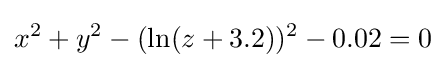
x^{2}+y^{2}-(\ln(z+3.2))^{2}-0.02=0